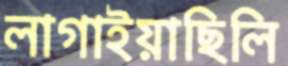
লাগাইয়াছিলি